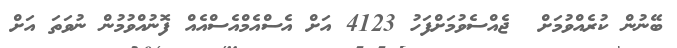
ބޭނުން ކުރެއްވުމަށް  ޖެއްސެވުމަށްފަހު 4123 އަށް އެސްއެމްއެސްއެއް ފޮނުއްވުމުން ނުވަތަ އަށް